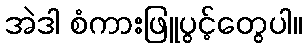
အဲဒါ စံကားဖြူပွင့်တွေပါ။